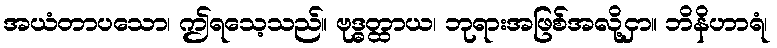
အယံတာပသော၊ ဤရသေ့သည်။ ဗုဒ္ဓတ္ထာယ၊ ဘုရားအဖြစ်အလို့ငှာ။ ဘိနိဟာရံ၊